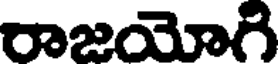
రాజయోగి